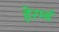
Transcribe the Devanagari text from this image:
हेरम्बं